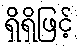
ရှိရှိဖြင့်